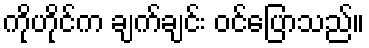
ကိုဟိုင်က ချက်ချင်း ဝင်ပြောသည်။